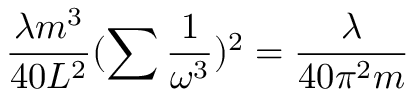
\frac { \lambda m ^ { 3 } } { 4 0 L ^ { 2 } } ( \sum \frac { 1 } { \omega ^ { 3 } } ) ^ { 2 } = \frac { \lambda } { 4 0 \pi ^ { 2 } m }